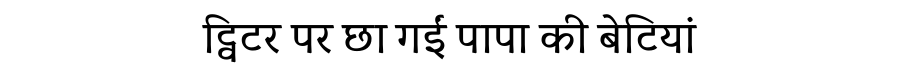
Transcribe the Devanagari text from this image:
ट्विटर पर छा गईं पापा की बेटियां